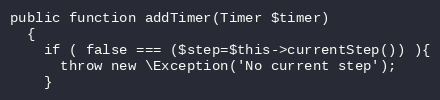
Language: PHP
public function addTimer(Timer $timer)
  {
    if ( false === ($step=$this->currentStep()) ){
      throw new \Exception('No current step');
    }